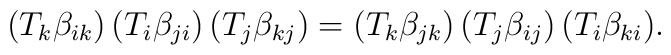
(T_k\beta_{ik})\, (T_i\beta_{ji})\, (T_j\beta_{kj})=(T_k\beta_{jk})\, (T_j\beta_{ij})\, (T_i\beta_{ki}).